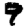
Digit: 9